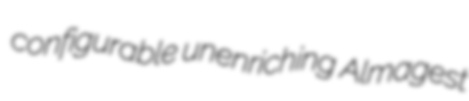
configurable unenriching Almagest